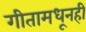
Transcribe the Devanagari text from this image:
गीतामधूनही